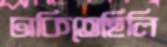
ঢাকিতেছিলি